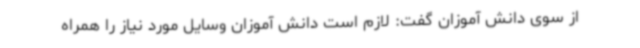
از سوی دانش آموزان گفت: لازم است دانش آموزان وسایل مورد نیاز را همراه